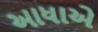
આધાએ